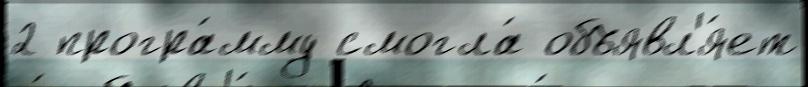
2 програ́мму смогла́ объявл'я́ет